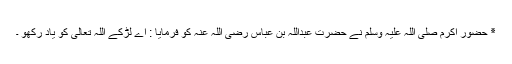
٭ حضور اکرم صلی اللہ علیہ وسلم نے حضرت عبداللہ بن عباس رضی اللہ عنہ کو فرمایا : اے لڑکے اللہ تعالٰی کو یاد رکھو ۔